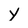
Character: y